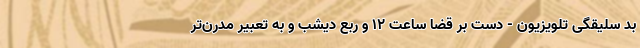
بد سلیقگی تلویزیون - دست بر قضا ساعت 12 و ربع دیشب و به تعبیر مدرن‌تر